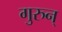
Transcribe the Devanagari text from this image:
गुरुन्